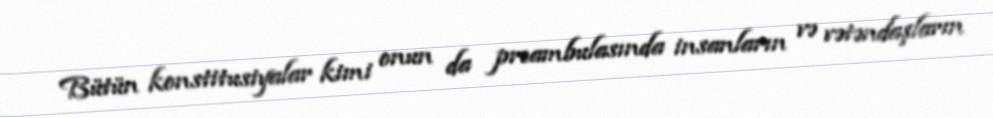
Bütün konstitusiyalar kimi onun da preambulasında insanların və vətəndaşların